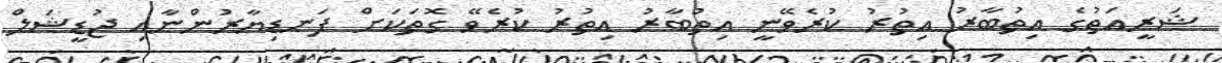
ޝަރީއަތުގެ އިތުބާރު އިތުރު ކުރެވޭނީ އިތުބާރު އިތުރު ކުރެވޭ ގޮތަކަށް ފަނޑިޔާރުންނާއި ޖުޑީޝަލް